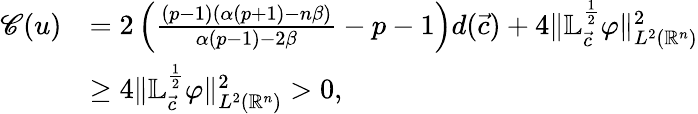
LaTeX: \begin{array}{rl}{\mathscr{C}(u)}&{=2\left(\frac{(p-1)(\alpha(p+1)-n\beta)}{\alpha(p-1)-2\beta}-p-1\right)d(\vec{c})+4\| \mathbb{L}_{\vec{c}}^{\frac 12}\varphi\| _{L^{2}({\mathbb{R}^{n}})}^{2}}\\ &{\geq 4\| \mathbb{L}_{\vec{c}}^{\frac 12}\varphi\| _{L^{2}({\mathbb{R}^{n}})}^{2}>0,}\end{array}